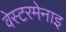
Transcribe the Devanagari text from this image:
वेस्टरमेनाइ